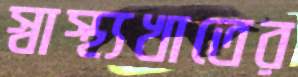
স্বাস্থ্যখাতের